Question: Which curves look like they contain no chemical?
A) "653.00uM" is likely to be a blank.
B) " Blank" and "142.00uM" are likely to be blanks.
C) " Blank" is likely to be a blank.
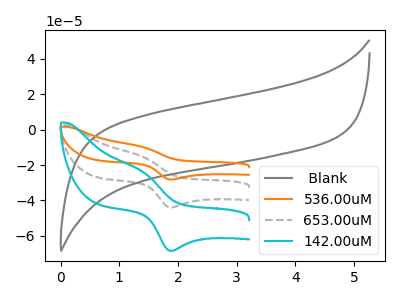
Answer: <think>The gray curve " Blank" has no peaks. The orange curve "536.00uM" has an anodic peak at (1.40V, -30.85uA) and a cathodic peak at (1.90V, -87.75uA). The gray dashed curve "653.00uM" has an anodic peak at (1.40V, -15.45uA) and a cathodic peak at (1.90V, -43.90uA). The cyan curve "142.00uM" has an anodic peak at (1.40V, -24.05uA) and a cathodic peak at (1.90V, -68.40uA).</think>
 <answer>C) " Blank" is likely to be a blank.</answer>
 <eval>C</eval>